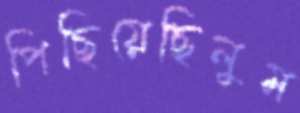
পিছিয়েছিলুম